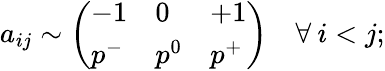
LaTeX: a_{ij}\sim\left(\begin{array}{lll}{-1}&{0}&{+1}\\ {p^{-}}&{p^{0}}&{p^{+}}\end{array}\right)\quad\forall\: i<j;